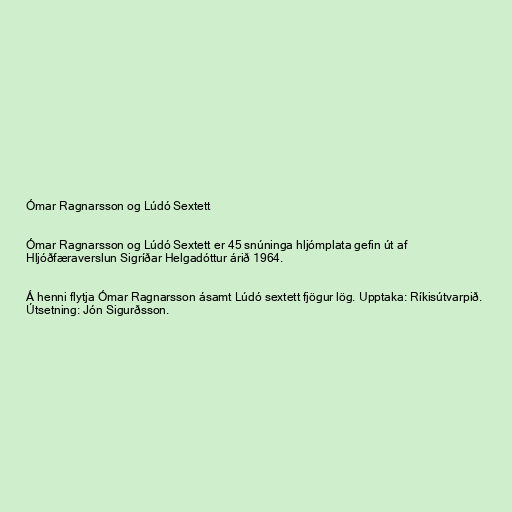
Ómar Ragnarsson og Lúdó Sextett

Ómar Ragnarsson og Lúdó Sextett er 45 snúninga hljómplata gefin út af
Hljóðfæraverslun Sigríðar Helgadóttur árið 1964.

Á henni flytja Ómar Ragnarsson ásamt Lúdó sextett fjögur lög. Upptaka: Ríkisútvarpið.
Útsetning: Jón Sigurðsson.